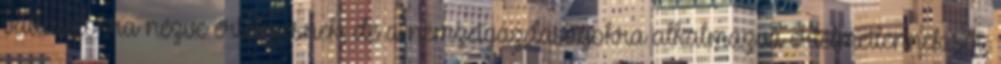
vállalatokra nézve értelmesnek, de a nemzetgazdaságokra alkalmazva értelmetlennek sőt,